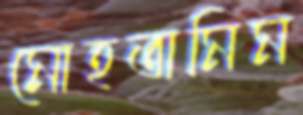
মোহতামিম